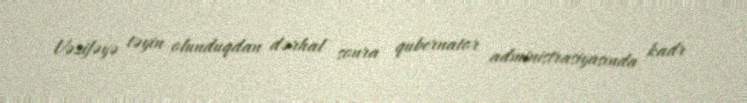
Vəzifəyə təyin olunduqdan dərhal sonra qubernator administrasiyasında kadr